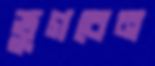
ভুগবেন